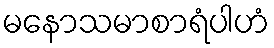
မနောသမာစာရံပါဟံ